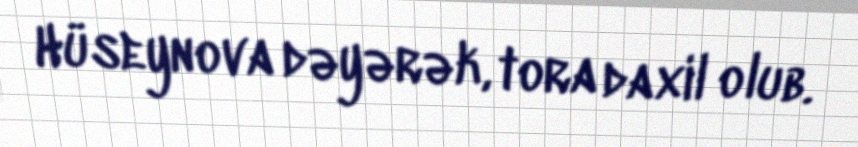
Hüseynova dəyərək, tora daxil olub.